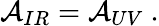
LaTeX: {\cal A}_{IR}={\cal A}_{UV}\ .